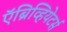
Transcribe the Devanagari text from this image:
ऍब्रिव्हियेटर्स